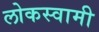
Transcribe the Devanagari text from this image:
लोकस्वामी